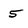
Character: 5